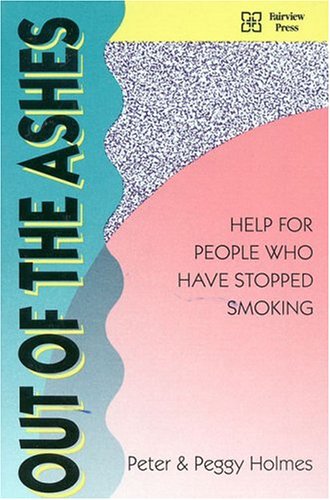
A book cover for Out of the Ashes: Help for People Who Have Stopped Smoking; Peter Holmes; Health, Fitness & Dieting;